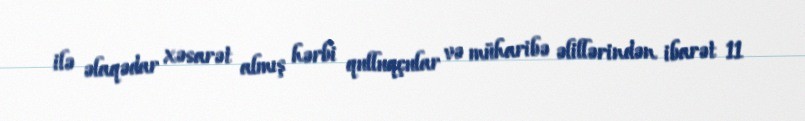
ilə əlaqədar xəsarət almış hərbi qulluqçular və müharibə əlillərindən ibarət 11